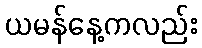
ယမန်နေ့ကလည်း